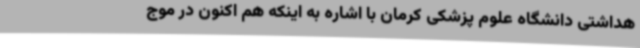
هداشتی دانشگاه علوم پزشکی کرمان با اشاره به اینکه هم اکنون در موج